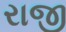
રાજી